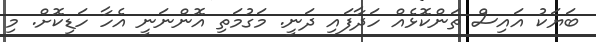
ބަޔަކު އައިސް ތަންކޮޅެއް ހަދާފައި ދަނީ. މަގުމަތި އޮންނަނީ އެހާ ހަޑިކޮށް. މި